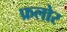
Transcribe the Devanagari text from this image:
फ्रलोर